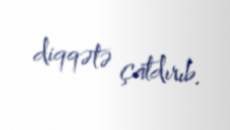
diqqətə çatdırıb.